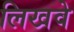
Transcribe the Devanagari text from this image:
लिखवे